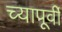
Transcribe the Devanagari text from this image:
च्यापूर्वी